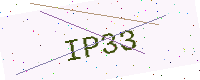
Text: IP33